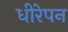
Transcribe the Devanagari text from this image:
धीरेपन